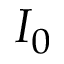
I _ { 0 }